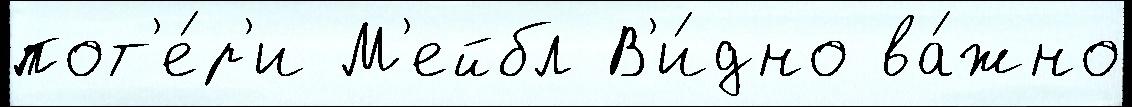
пот'е́р'и М'ейбл В'и́дно ва́жно